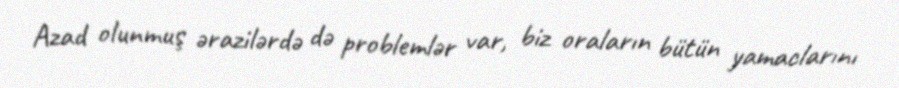
Azad olunmuş ərazilərdə də problemlər var, biz oraların bütün yamaclarını